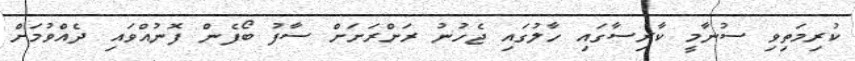
ކުރިމަތިވި ސުނާމީ ކާރިސާގައި ހާލުގައި ޖެހުނު ރަށްރަށަށް ސާފު ބޯފެން ފޮނުއްވައި ދެއްވުމަށް